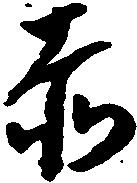
赤